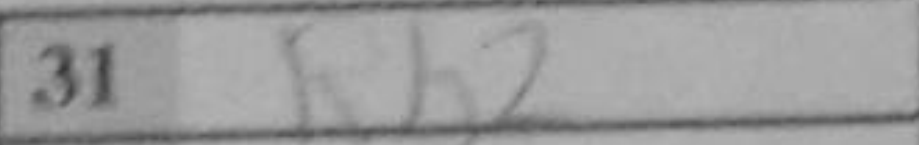
Transcription: Rb2